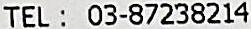
TEL : 03-87238214